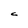
Character: c